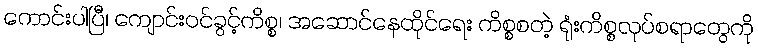
ကောင်းပါပြီ၊ ကျောင်းဝင်ခွင့်ကိစ္စ၊ အဆောင်နေထိုင်ရေး ကိစ္စစတဲ့ ရုံးကိစ္စလုပ်စရာတွေကို